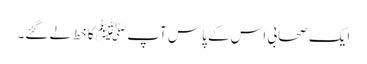
ایک صحابی اس کے پاس آپ ﷺ کا خط لے گئے۔